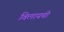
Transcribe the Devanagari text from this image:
विलायची